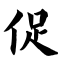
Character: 促